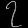
Digit: ၇